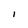
Character: I